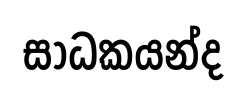
සාධකයන්ද